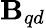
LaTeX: \textbf{B}_{qd}